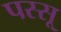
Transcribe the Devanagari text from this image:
पस्सू